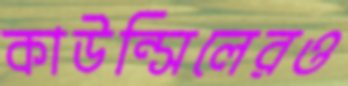
কাউন্সিলেরও